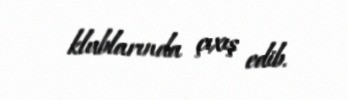
klublarında çıxış edib.